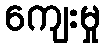
ကျေးမှု